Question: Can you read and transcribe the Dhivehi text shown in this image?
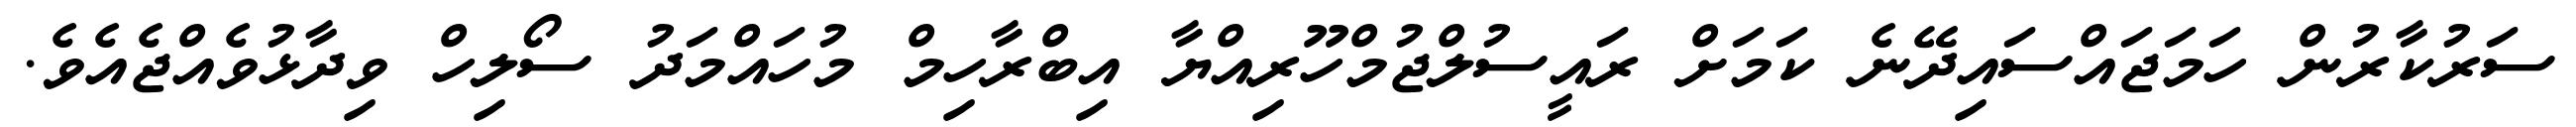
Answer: ސަރުކާރުން ހަމަޖައްސައިދޭނެ ކަމަށް ރައީސުލްޖުމްހޫރިއްޔާ އިބްރާހިމް މުހައްމަދު ސޯލިހް ވިދާޅުވެއްޖެއެވެ.